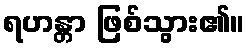
ရဟန္တာ ဖြစ်သွား၏။